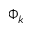
\Phi _ { k }